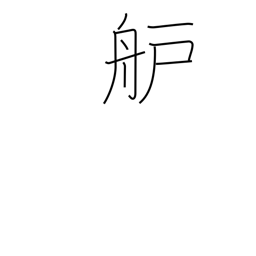
Meaning: bow or prow of boat